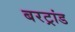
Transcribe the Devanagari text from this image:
बरट्रांड